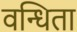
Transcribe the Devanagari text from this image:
वन्धिता